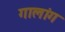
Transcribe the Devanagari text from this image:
गालांग